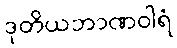
ဒုတိယဘာဏဝါရံ